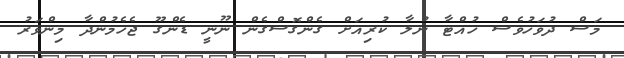
މަސް ދުވަހުވެސް ހުއްޓާ ނުލާ ކުރިއަށް ގެންގޮސްގެން ނޫނީ ޑެންގޫ ޖެހެމުންދާ މިންވަރު